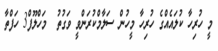
މީ ހުރިހާ ކުލައެއްގެ ހުރިހާ މީހުން ސަލާމްކުރަންވީ ވަގުތު  މަހްލޫފް3 ހަފްތާ